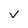
Character: V